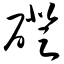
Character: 磴